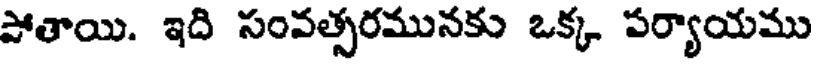
పోతాయి. ఇది సంవత్సరమునకు ఒక్క పర్యాయము